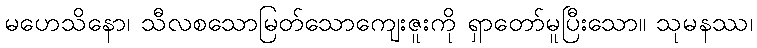
မဟေသိနော၊ သီလစသောမြတ်သောကျေးဇူးကို ရှာတော်မူပြီးသော။ သုမနဿ၊